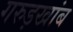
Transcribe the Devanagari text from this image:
गरुड़खांब